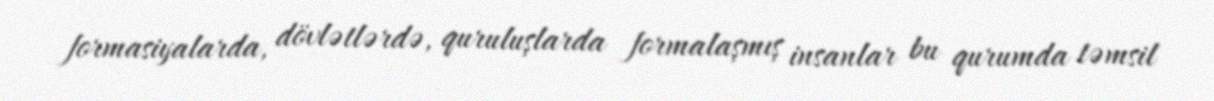
formasiyalarda, dövlətlərdə, quruluşlarda formalaşmış insanlar bu qurumda təmsil